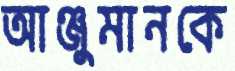
আঞ্জুমানকে